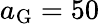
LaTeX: a_{\mathrm{G}}=50